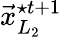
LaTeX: \vec{x}_{L_{2}}^{\star t+1}